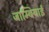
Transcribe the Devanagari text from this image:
जाम्बियाई